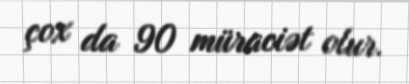
çox da 90 müraciət olur.